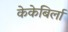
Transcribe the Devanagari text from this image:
केकेबिर्ला